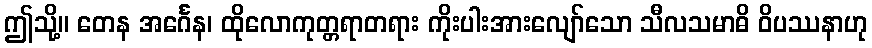
ဤသို့။ တေန အင်္ဂေန၊ ထိုလောကုတ္တရာတရား ကိုးပါးအားလျော်သော သီလသမာဓိ ဝိပဿနာဟု